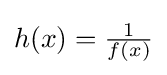
{\textstyle h(x)={\frac {1}{f(x)}}}